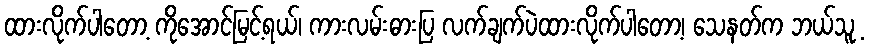
ထားလိုက်ပါတော့ ကိုအောင်မြင့်ရယ်၊ ကားလမ်းဓားပြ လက်ချက်ပဲထားလိုက်ပါတော့၊ သေနတ်က ဘယ်သူ့